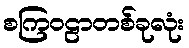
စကြဝဠာတစ်ခုလုံး